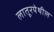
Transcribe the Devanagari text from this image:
लातूरयेथील